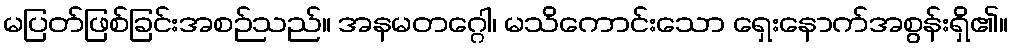
မပြတ်ဖြစ်ခြင်းအစဉ်သည်။ အနမတဂ္ဂေါ၊ မသိကောင်းသော ရှေးနောက်အစွန်းရှိ၏။